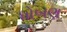
ધોબણ